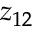
z _ { 1 2 }